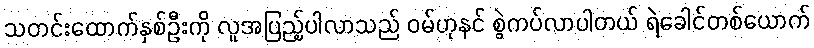
သတင်းထောက်နှစ်ဦးကို လူအပြည့်ပါလာသည် ဝမ်ဟုနင် စွဲကပ်လာပါတယ် ရဲခေါင်တစ်ယောက်